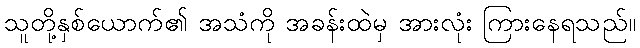
သူတို့နှစ်ယောက်၏ အသံကို အခန်းထဲမှ အားလုံး ကြားနေရသည်။